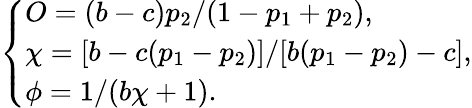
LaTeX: \left\{ \begin{array}{ll}{O=(b-c)p_{2}/(1-p_{1}+p_{2}),}\\ {\chi=[b-c(p_{1}-p_{2})]/[b(p_{1}-p_{2})-c],}\\ {\phi=1/(b\chi+1).}\end{array}\right.